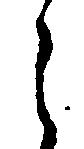
々